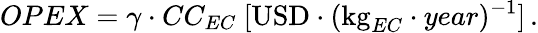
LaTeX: OPEX=\gamma\cdot CC_{EC}\ [\mathrm{USD}\cdot(\mathrm{kg}_{EC}\cdot year)^{-1}]\, .